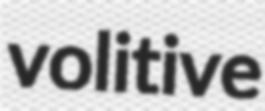
volitive